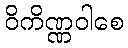
ဝိကိဏ္ဏဝါစေ